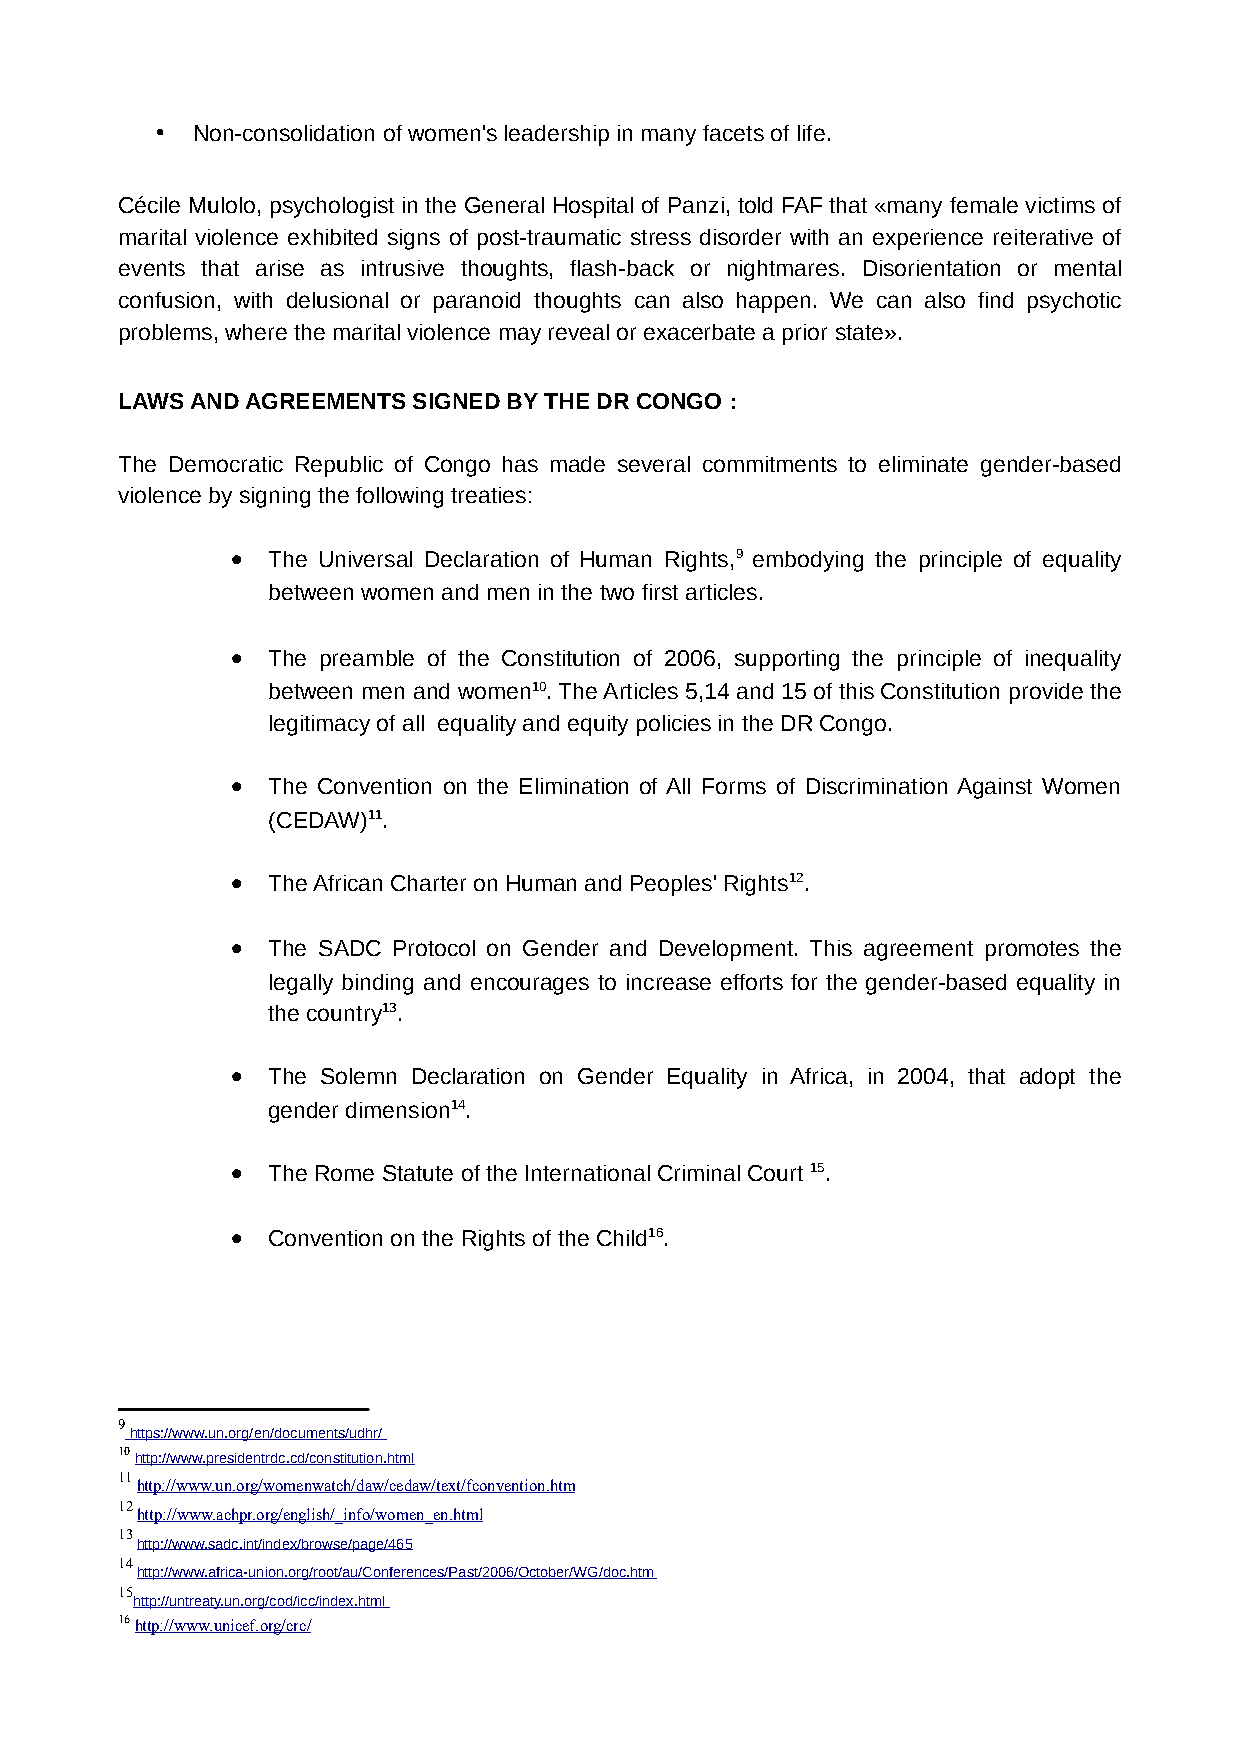
•  Non-consolidation of women's leadership in many facets of life.
 Cécile Mulolo, psychologist in the General Hospital of Panzi, told FAF that «many female victims of
 marital violence exhibited signs of post-traumatic stress disorder with an experience reiterative of
 events that arise as intrusive thoughts, flash-back or nightmares. Disorientation or mental
 confusion, with delusional or paranoid thoughts can also happen. We can also find psychotic
 problems, where the marital violence may reveal or exacerbate a prior state».
 LAWS AND AGREEMENTS SIGNED BY THE DR CONGO :
 The Democratic Republic of Congo has made several commitments to eliminate gender-based
 violence by signing the following treaties:
 •  The Universal Declaration of Human Rights,9 embodying the principle of equality
 between women and men in the two first articles.
 •
 The preamble of the Constitution of 2006, supporting the principle of inequality
 between men and women10. The Articles 5,14 and 15 of this Constitution provide the
 legitimacy of all equality and equity policies in the DR Congo.
 •
 The Convention on the Elimination of All Forms of Discrimination Against Women
 (CEDAW)11.
 •  The African Charter on Human and Peoples' Rights12.
 •
 The SADC Protocol on Gender and Development. This agreement promotes the
 legally binding and encourages to increase efforts for the gender-based equality in
 the country13.
 •
 The Solemn Declaration on Gender Equality in Africa, in 2004, that adopt the
 gender dimension14.
 •  The Rome Statute of the International Criminal Court 15.
 •  Convention on the Rights of the Child16.
 9
 https://www.un.org/ en /documents/udhr/
 10 http://www.presidentrdc.cd/constitution.html
 11
 http://www.un.org/womenwatch/daw/cedaw/text/fconvention.htm
 12
 http://www.achpr.org/english/_info/women_en.html
 13
 http://www.sadc.int/index/browse/page/465
 14
 http://www.africa-union.org/root/au/Conferences/Past/2006/October/WG/doc.htm
 15
 http://untreaty.un.org/cod/icc/index.html
 16 http://www.unicef.org/crc/